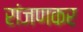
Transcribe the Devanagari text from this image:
रांजणकर